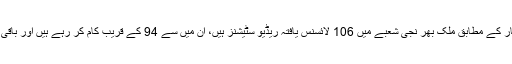
پاکستان کی بات کریں تو سرکاری اعداد و شمار کے مطابق ملک بھر نجی شعبے میں 106 لائسنس یافتہ ریڈیو سٹیشنز ہیں، ان میں سے 94 کے قریب کام کر رہے ہیں اور باقی بھی جلد ہی اپنی نشریات کا آغاز کر دیں گے۔